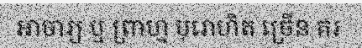
អាចារ្យ ឬ ព្រាហ្ម បុរោហិត ច្រើន គរ